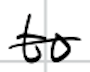
Text: to
Cross-out: single-line
Writing tool: digital_black